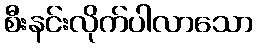
စီးနင်းလိုက်ပါလာသော